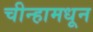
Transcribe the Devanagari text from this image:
चीन्हामधून